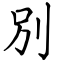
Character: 別